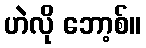
ဟဲလို ဘော့စ်။